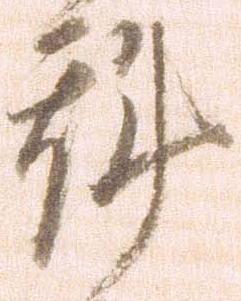
斟